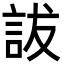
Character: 詙